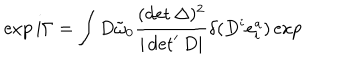
LaTeX: \exp i \Gamma = \int D \tilde { \omega } _ { 0 } \frac { ( \det \Delta ) ^ { 2 } } { | \det ^ { \prime } D | } \delta ( D ^ { i } e _ { i } ^ { a } ) \exp